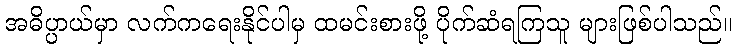
အဓိပ္ပာယ်မှာ လက်ကရေးနိုင်ပါမှ ထမင်းစားဖို့ ပိုက်ဆံရကြသူ များဖြစ်ပါသည်။